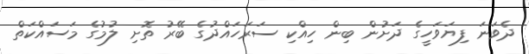
ދެވަނަ ފިޔަވަހީގެ ދަށުން ބިން ހިއްކި ސަރަހައްދުގެ ބޭރު ތޮށި ލުމުގެ މަސައްކަތް